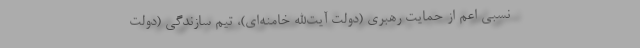
نسبی اعم از حمایت رهبری (دولت آیت‌الله خامنه‌ای)، تیم سازندگی (دولت